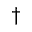
^ \dagger